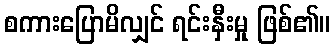
စကားပြောမိလျှင် ရင်းနှီးမှု ဖြစ်၏။